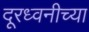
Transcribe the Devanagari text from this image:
दूरध्वनीच्या